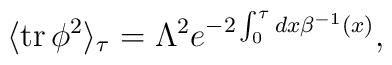
\langle {\rm tr}\, \phi^2\rangle_\tau=\Lambda^2e^{-2\int_0^\tau {dx \beta^{-1}(x)}},